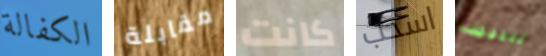
الكفالة مقابلة كانت اسحب للنبيذ